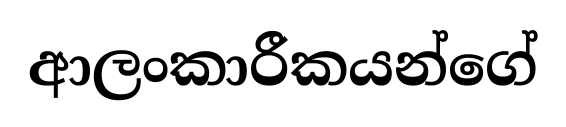
ආලංකාරීකයන්ගේ